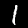
Digit: 1